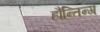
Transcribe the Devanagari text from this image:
हौन्तिन्ग